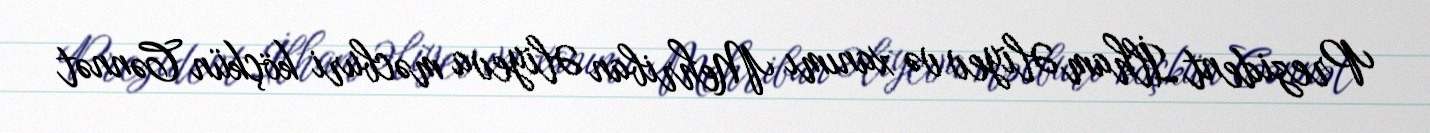
Prezident İlham Əliyev və xanımı Mehriban Əliyeva məcburi köçkün Cənnət